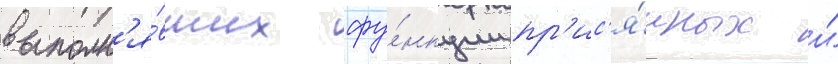
выполн'я́вших фу́нкции пр'ис'я́жных и́